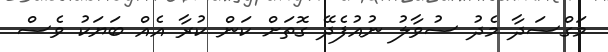
މަގްސަދާ މެދު ސުވާލު ނުއުފެދޭ ގޮތަށް ކަން ކުރާ އެއް ބަޔަކު ވެސް